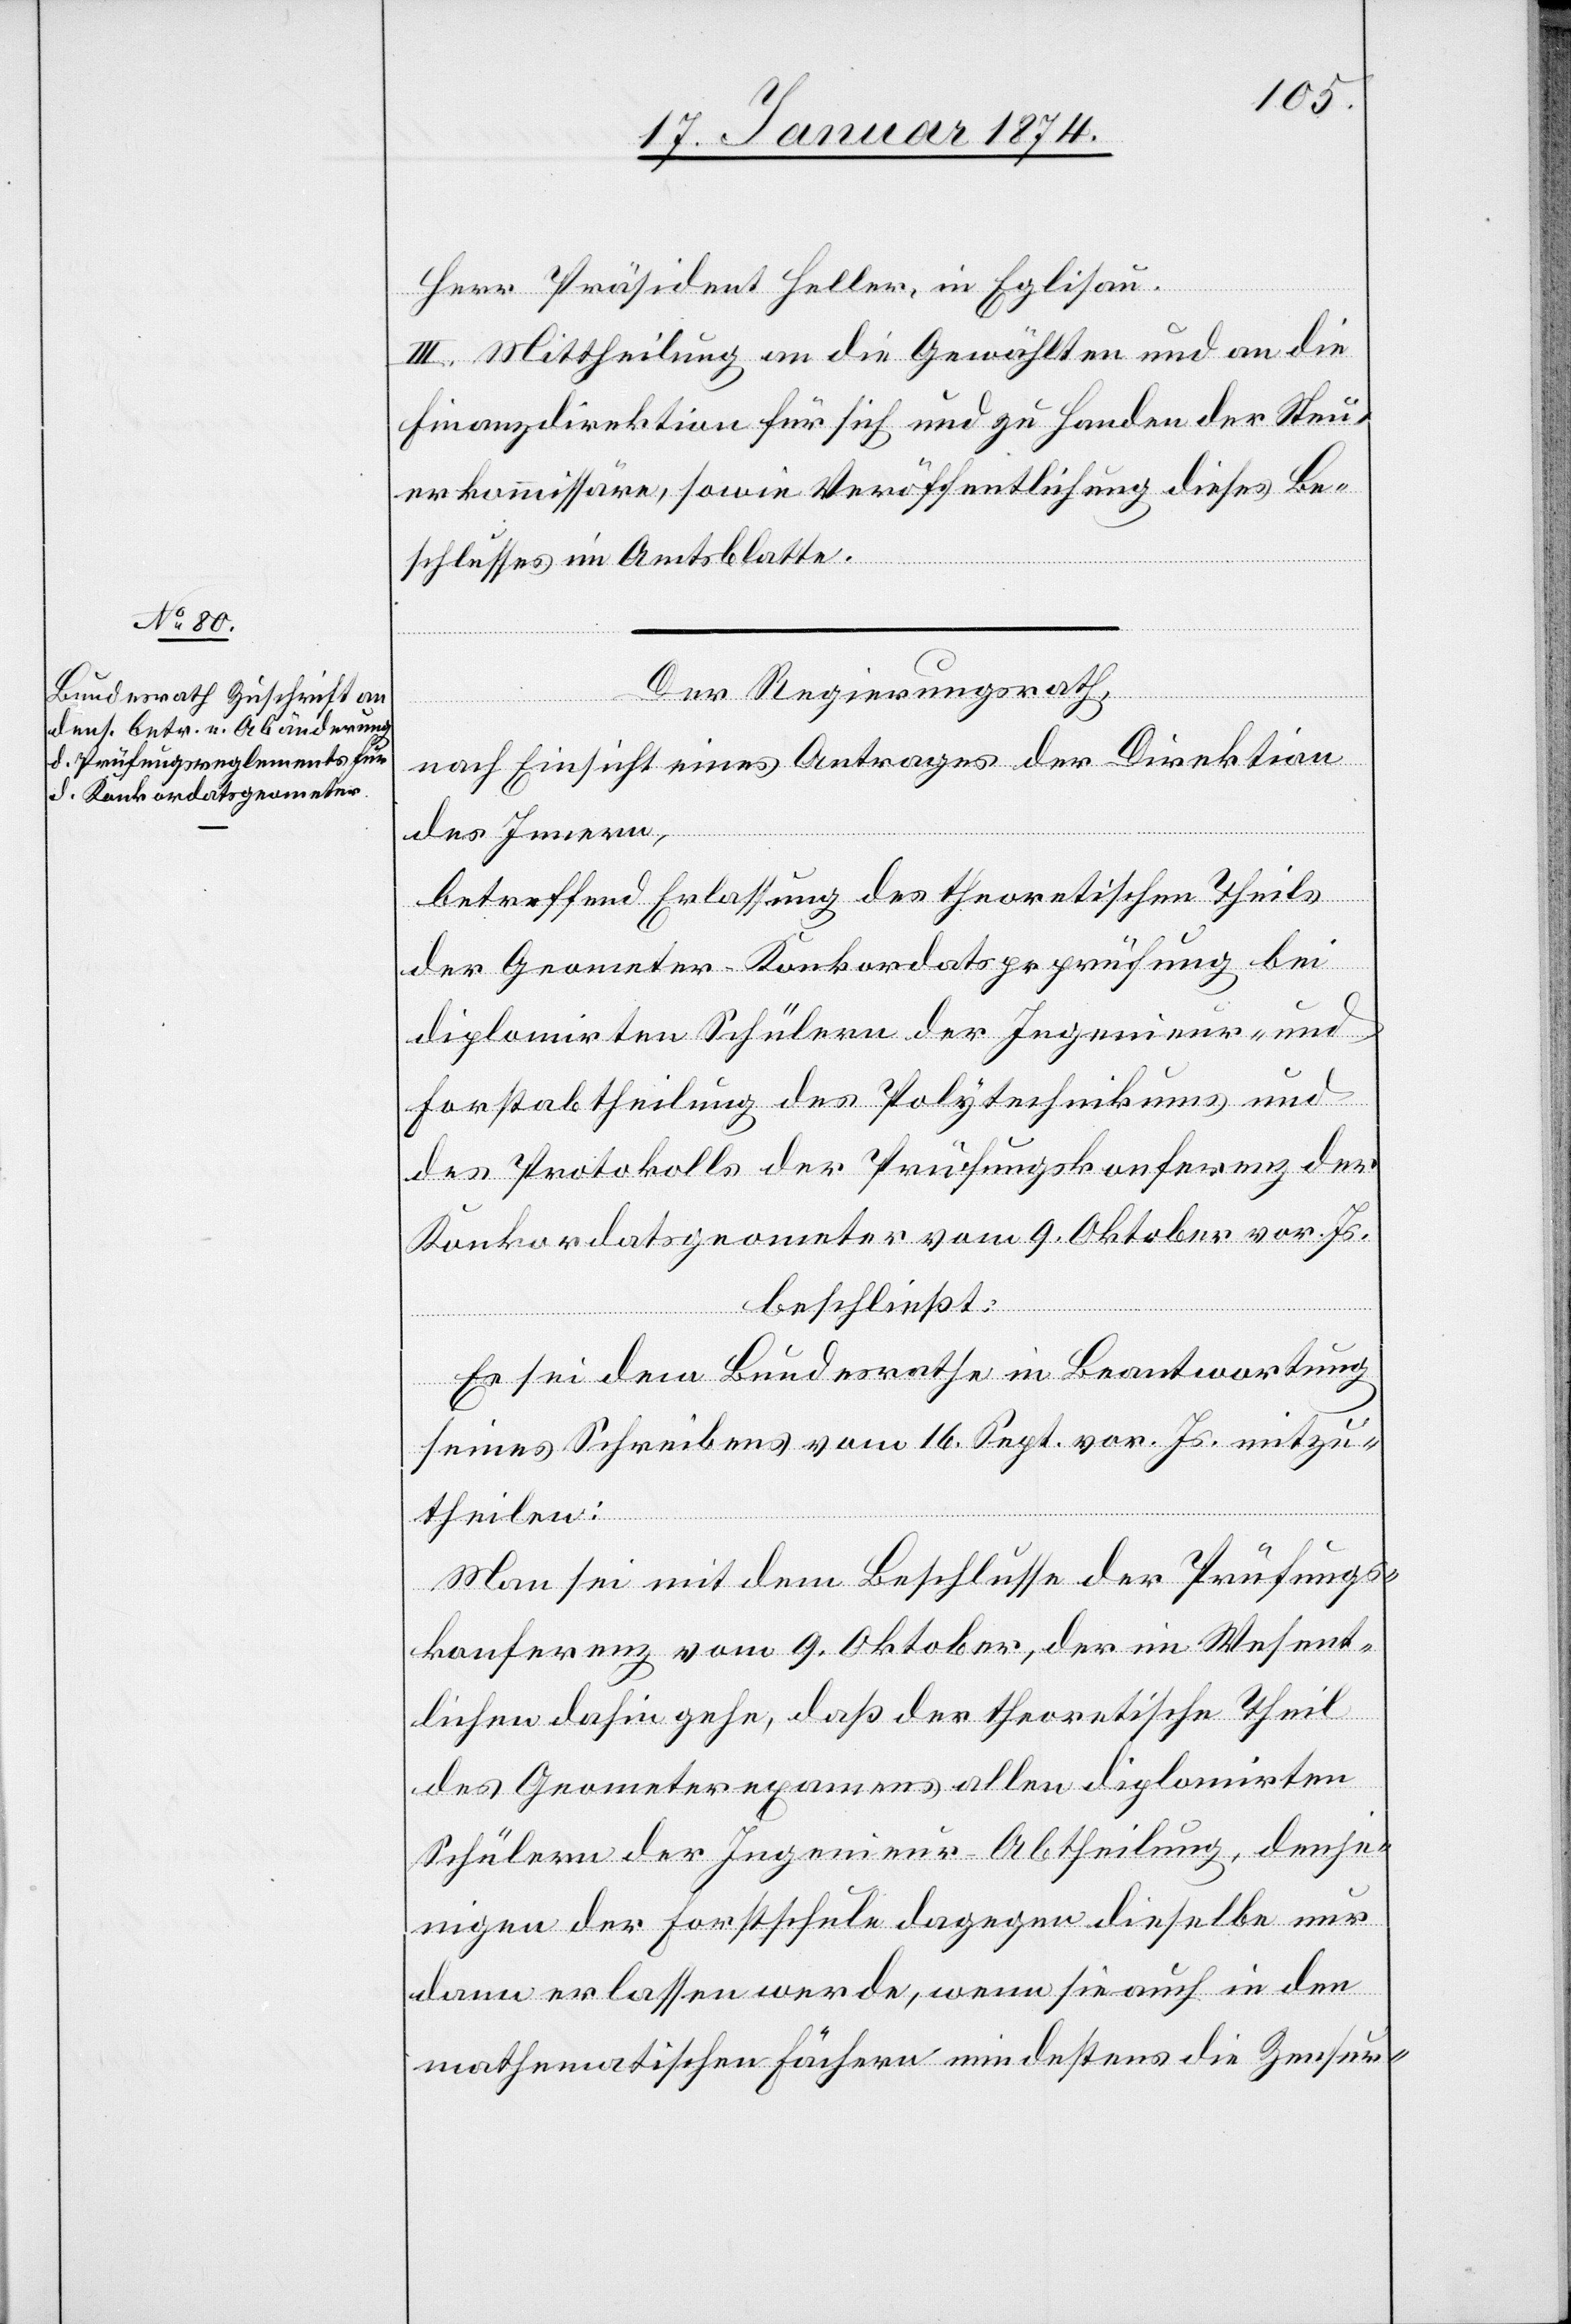
Herr Präsident Heller, in Eglisau.
III. Mittheilung an die Gewählten und an die
Finanzdirektion für sich und zu Handen der Steu¬
erkommission, sowie Veröffentlichung dieses Be¬
schlusses im Amtsblatte.
Der Regierungsrath,
nach Einsicht eines Antrages der Direktion
des Innern,
betreffend Erlassung des theoretischen Theils
der Geometer-Konkordatsprüfung bei
diplomirten Schülern der Ingenieur- und
Forstabtheilung des Polytechnikums und
des Protokolls der Prüfungskonferenz der
Konkordatsgeometer vom 9. Oktober vor. Js.
beschließt:
Es sei dem Bundesrath in Beantwortung
seines Schreibens vom 16. Sept. vor. Js. mitzu¬
theilen:
Man sei mit dem Beschlusse der Prüfungs¬
konferenz vom 9. Oktober, der im Wesent¬
lichen dahin gehe, daß der theoretische Theil
des Geometerexamens allen diplomirten
Schülern der Ingenieur-Abtheilung, denje¬
nigen der Forstschule dagegen dieselbe nur
dann erlassen werde, wenn sie auch in den
mathematischen Fächern mindestens die Zensur-